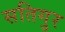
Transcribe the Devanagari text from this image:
सतिगुर